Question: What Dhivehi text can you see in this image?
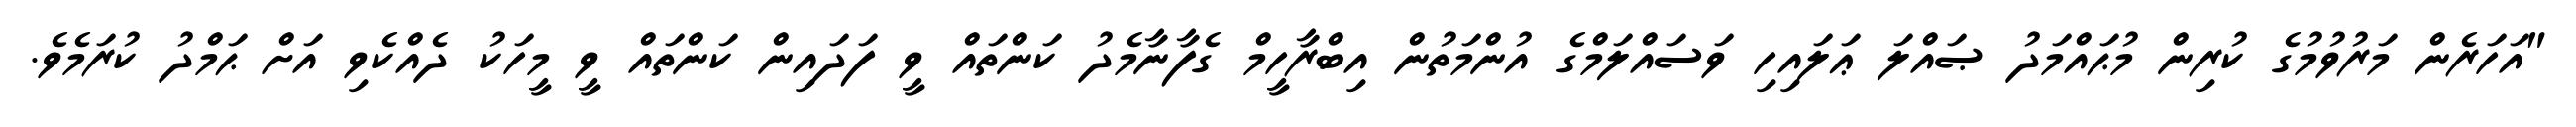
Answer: "އަހަރެން މަރުވުމުގެ ކުރިން މުޙައްމަދު ޞައްލަ ޢަލައިހި ވަސައްލަމްގެ އުންމަތުން އިބްރާހީމް ގެފާނާމެދު ކަންތައް ވީ ފަދައިން ކަންތައް ވީ މީހަކު ދެއްކެވި އަށް ޙަމްދު ކުރަމެވެ.